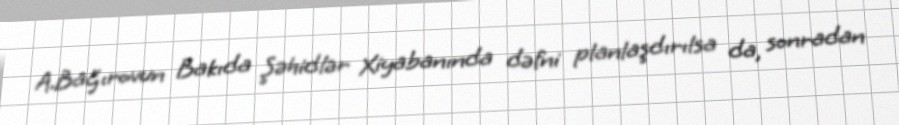
A.Bağırovun Bakıda Şəhidlər Xiyabanında dəfni planlaşdırılsa da, sonradan